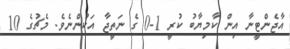
އާޖެންޓީނާ އިން ކާމިޔާބު ކުރީ 1-0 ގެ ނަތީޖާ އަކުންނެވެ. މެޗުގެ 10